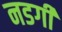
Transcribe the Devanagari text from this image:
नडगी